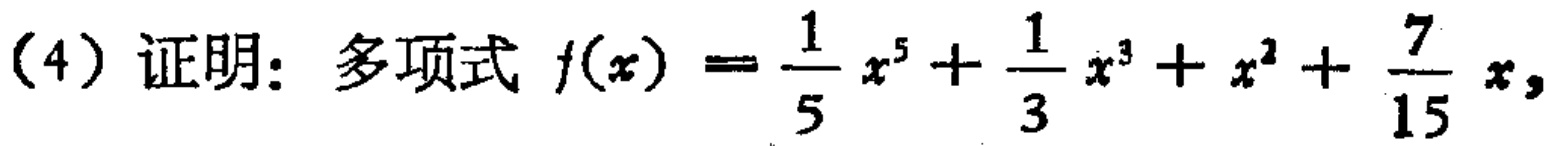
(4) 证明：多项式 \(f(x)=\frac{1}{5}x^{5}+\frac{1}{3}x^{3}+x^{2}+\frac{7}{15}x\)，